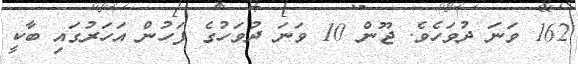
162 ވަނަ ދުވަހެވެ. ޖޫން 10 ވަނަ ދުވަހުގެ ފަހުން އަހަރުގައި ބާކީ